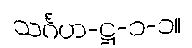
သင်္ဂဟ-ဋ္ဌ-၁-၁။